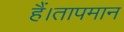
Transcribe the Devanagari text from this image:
हैं।तापमान